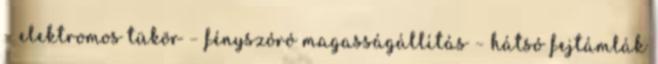
– elektromos tükör – fényszóró magasságállítás – hátsó fejtámlák